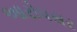
આરોપસર